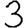
Digit: 3